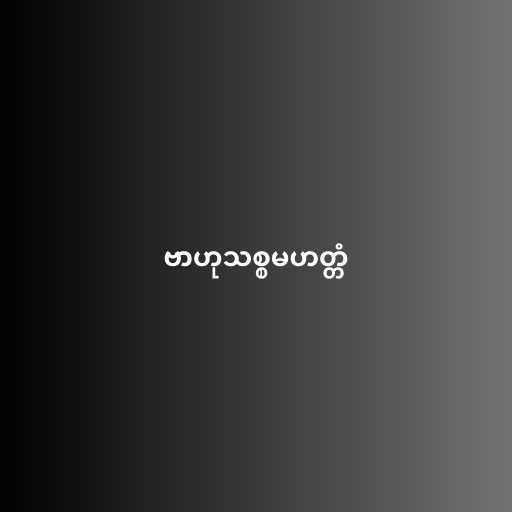
ဗာဟုသစ္စမဟတ္တံ